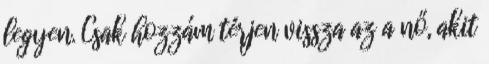
legyen. Csak hozzám térjen vissza az a nő, akit